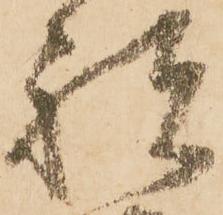
祝